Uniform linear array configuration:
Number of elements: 64
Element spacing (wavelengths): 0.5
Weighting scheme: hamming
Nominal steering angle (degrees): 45
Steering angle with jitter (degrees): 45.931
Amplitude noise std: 0.05
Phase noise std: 0.05

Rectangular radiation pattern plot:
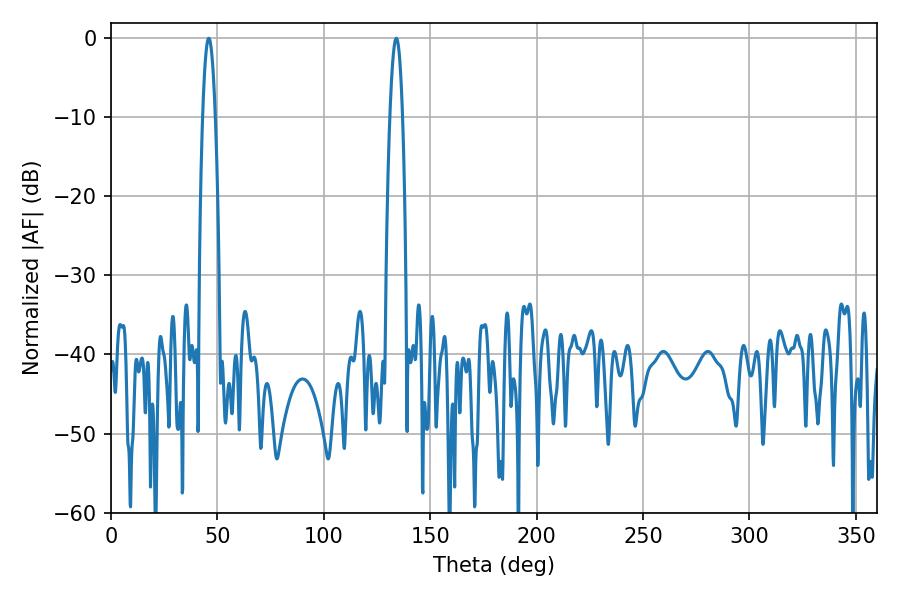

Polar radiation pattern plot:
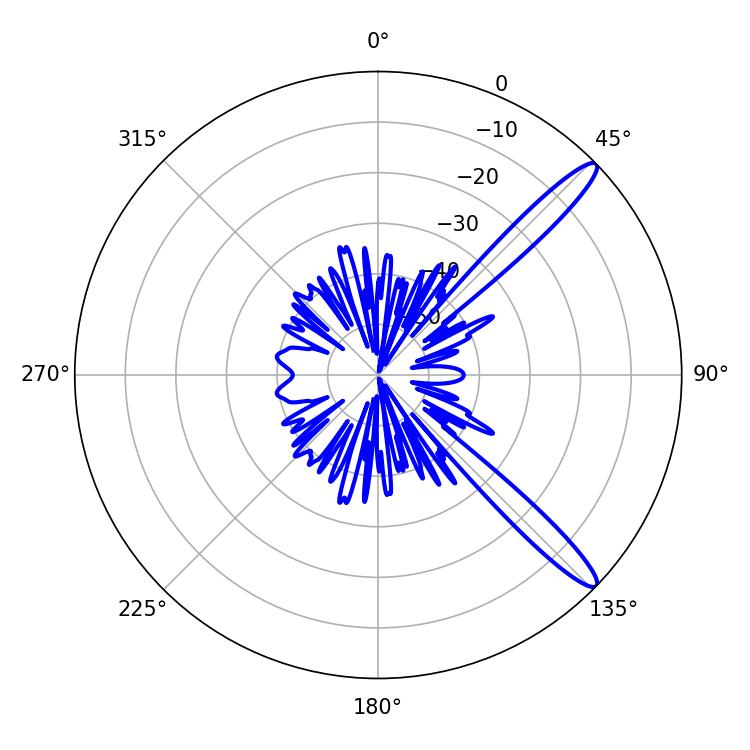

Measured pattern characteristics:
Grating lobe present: FALSE
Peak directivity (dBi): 13.503
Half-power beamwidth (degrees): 3.24
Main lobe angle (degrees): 45.9